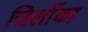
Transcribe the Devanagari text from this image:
जिलोँका